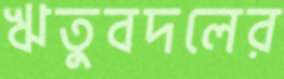
ঋতুবদলের